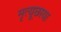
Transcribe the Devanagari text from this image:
मृत्यूछाया